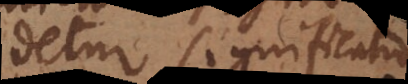
detur significatio